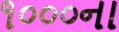
૧૦૦૦ના